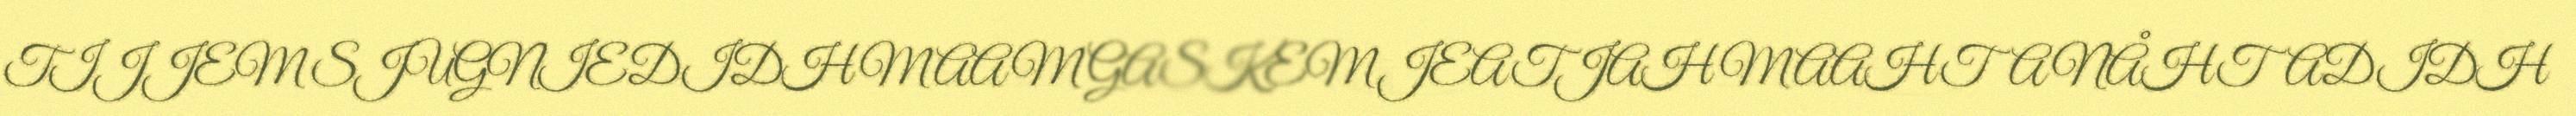
TIJJEM SJUGNIEDIDH MAAM GASKEM JEATJAH MAAHTA NÅHTADIDH